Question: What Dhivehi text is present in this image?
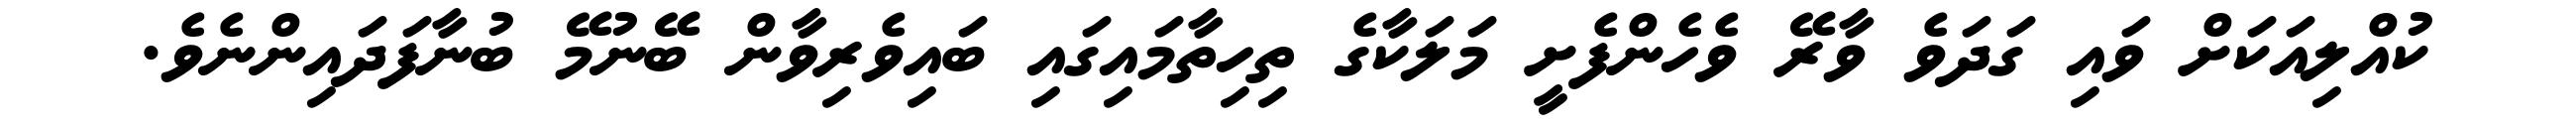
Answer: ކުއްލިއަކަށް ވައި ގަދަވެ ވާރޭ ވެހެންފެށީ މަލަކާގެ ތިހިތާމައިގައި ބައިވެރިވާން ބޭނުމޭ ބުނާފަދައިންނެވެ.